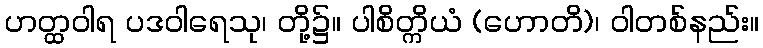
ဟတ္ထဝါရ ပဒဝါရေသု၊ တို့၌။ ပါစိတ္ကိယံ (ဟောတိ)၊ ဝါတစ်နည်း။